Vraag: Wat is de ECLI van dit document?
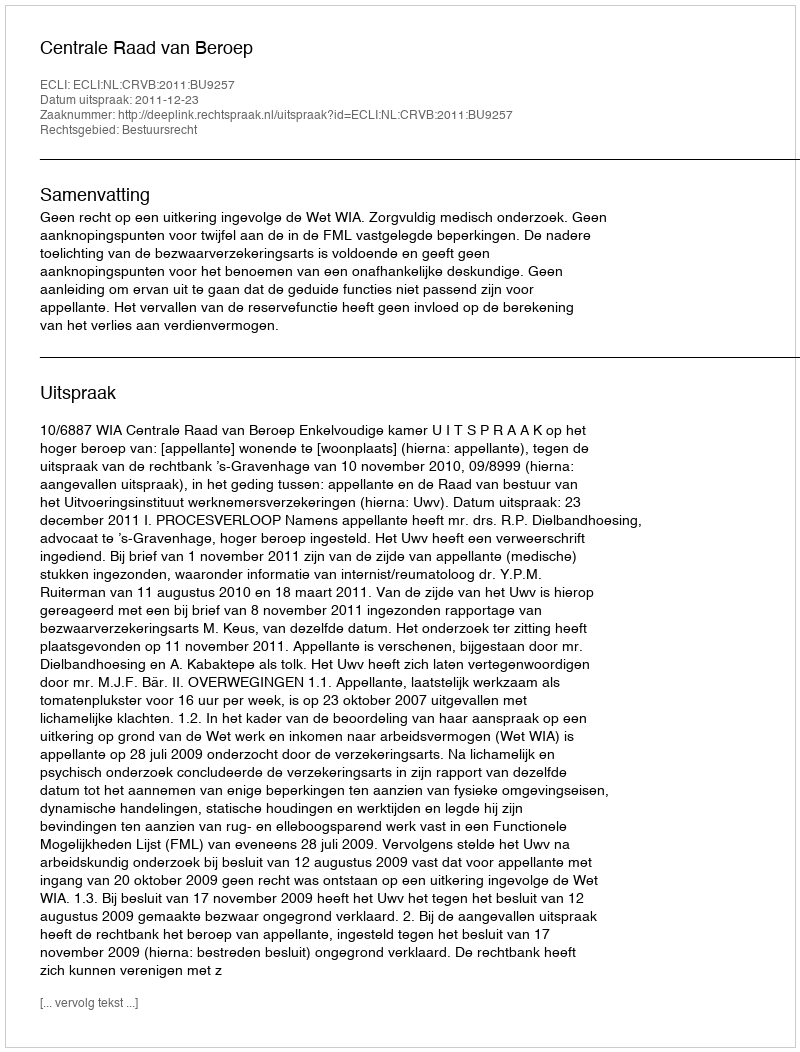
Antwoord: ECLI:NL:CRVB:2011:BU9257